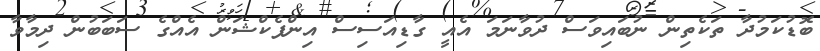
ބޮޑުކަމުދާ ތަކެތިން ނުބައިވަސް ދުވާނަމަ އެއީ ގާޑިއަސިސް އިންފެކްޝަން އެއްގެ ސަބަބުން ދިމާވާ